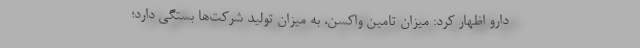
دارو اظهار کرد: میزان تامین واکسن، به میزان تولید شرکت‌ها بستگی دارد؛